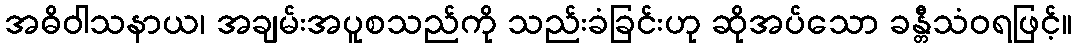
အဓိဝါသနာယ၊ အချမ်းအပူစသည်ကို သည်းခံခြင်းဟု ဆိုအပ်သော ခန္တီသံဝရဖြင့်။